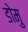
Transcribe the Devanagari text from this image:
डोमु